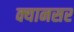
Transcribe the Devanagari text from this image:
क्यानसर